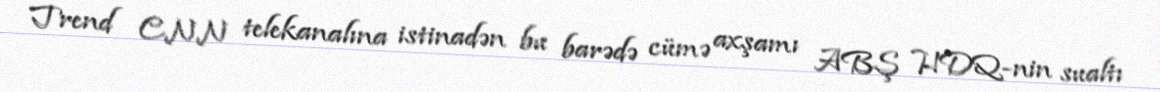
Trend CNN telekanalına istinadən bu barədə cümə axşamı ABŞ HDQ-nin sualtı